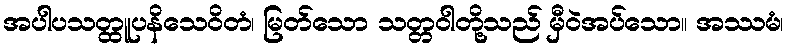
အပါပသတ္ထူပနိသေဝိတံ၊ မြတ်သော သတ္တဝါတို့သည် မှီဝဲအပ်သော။ အဿမံ၊